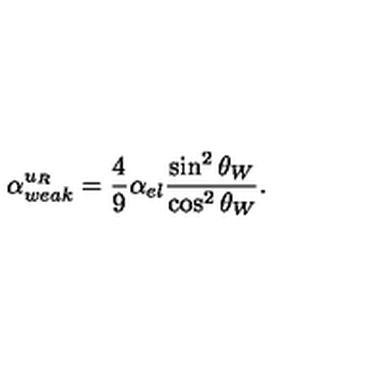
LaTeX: \alpha _ { w e a k } ^ { u _ { R } } = \frac { 4 } { 9 } \alpha _ { e l } \frac { \sin ^ { 2 } \theta _ { W } } { \cos ^ { 2 } \theta _ { W } } .